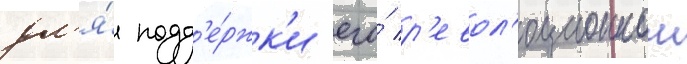
дл'я́ подд'е́ржк'и его́ р'евол'юционнои